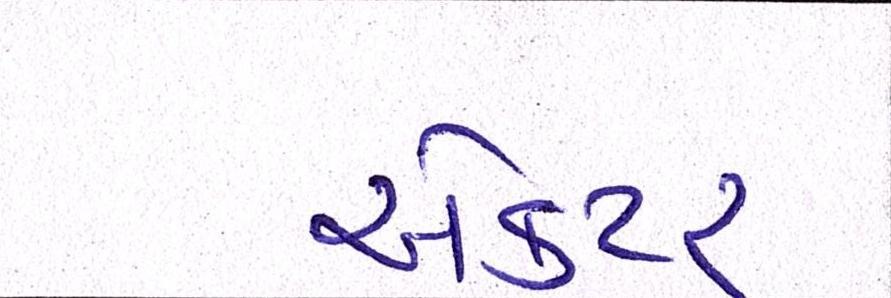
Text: એકટર